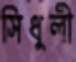
সিধুলী